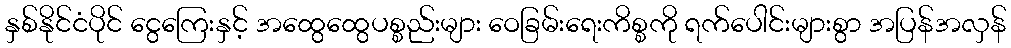
နှစ်နိုင်ငံပိုင် ငွေကြေးနှင့် အထွေထွေပစ္စည်းများ ဝေခြမ်းရေးကိစ္စကို ရက်ပေါင်းများစွာ အပြန်အလှန်